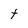
Character: t